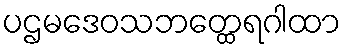
ပဌမဒေဝသဘတ္ထေရဂါထာ